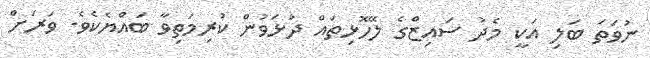
ނުވަތަ ބަލި އަކީ މެދު ސައިޒްގެ ލޭހޮޅިތައް ދުޅަވުން ކުރިމަތިވާ ބައްޔެކެވެ. ވަރަށް